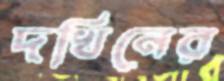
দখিনের